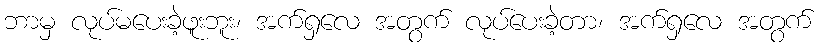
ဘာမှ လုပ်မပေးခဲ့ဖူးဘူး၊ အက်ရှလေ အတွက် လုပ်ပေးခဲ့တာ၊ အက်ရှလေ အတွက်